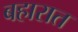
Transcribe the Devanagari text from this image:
बहारात